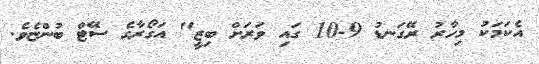
އެކަމަކު މިހާރު ރޭގަނޑު 9-10 ގައި ވަރަށް ބިޒީ" އަގޯރާގެ ސޭޓް ބުންޏެވެ.